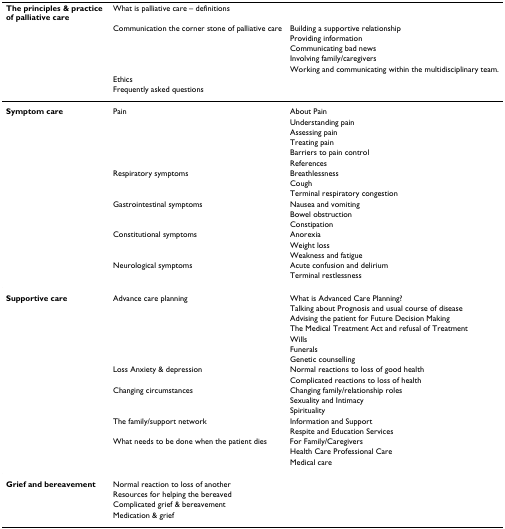
<table><thead><tr><td><b>The principles &amp; practice of palliative care</b></td><td><b>What is palliative care – definitions</b></td><td></td></tr><tr><td></td><td><b>Communication the corner stone of palliative care</b></td><td><b>Building a supportive relationship</b></td></tr><tr><td></td><td></td><td><b>Providing information</b></td></tr><tr><td></td><td></td><td><b>Communicating bad news</b></td></tr><tr><td></td><td></td><td><b>Involving family/caregivers</b></td></tr><tr><td></td><td></td><td><b>Working and communicating within the multidisciplinary team.</b></td></tr><tr><td></td><td><b>Ethics</b></td><td></td></tr><tr><td></td><td><b>Frequently asked questions</b></td><td></td></tr></thead><tbody><tr><td><b>Symptom care</b></td><td>Pain</td><td>About Pain</td></tr><tr><td></td><td></td><td>Understanding pain</td></tr><tr><td></td><td></td><td>Assessing pain</td></tr><tr><td></td><td></td><td>Treating pain</td></tr><tr><td></td><td></td><td>Barriers to pain control</td></tr><tr><td></td><td></td><td>References</td></tr><tr><td></td><td>Respiratory symptoms</td><td>Breathlessness</td></tr><tr><td></td><td></td><td>Cough</td></tr><tr><td></td><td></td><td>Terminal respiratory congestion</td></tr><tr><td></td><td>Gastrointestinal symptoms</td><td>Nausea and vomiting</td></tr><tr><td></td><td></td><td>Bowel obstruction</td></tr><tr><td></td><td></td><td>Constipation</td></tr><tr><td></td><td>Constitutional symptoms</td><td>Anorexia</td></tr><tr><td></td><td></td><td>Weight loss</td></tr><tr><td></td><td></td><td>Weakness and fatigue</td></tr><tr><td></td><td>Neurological symptoms</td><td>Acute confusion and delirium</td></tr><tr><td></td><td></td><td>Terminal restlessness</td></tr><tr><td><b>Supportive care</b></td><td>Advance care planning</td><td>What is Advanced Care Planning?</td></tr><tr><td></td><td></td><td>Talking about Prognosis and usual course of disease</td></tr><tr><td></td><td></td><td>Advising the patient for Future Decision Making</td></tr><tr><td></td><td></td><td>The Medical Treatment Act and refusal of Treatment</td></tr><tr><td></td><td></td><td>Wills</td></tr><tr><td></td><td></td><td>Funerals</td></tr><tr><td></td><td></td><td>Genetic counselling</td></tr><tr><td></td><td>Loss Anxiety &amp; depression</td><td>Normal reactions to loss of good health</td></tr><tr><td></td><td></td><td>Complicated reactions to loss of health</td></tr><tr><td></td><td>Changing circumstances</td><td>Changing family/relationship roles</td></tr><tr><td></td><td></td><td>Sexuality and Intimacy</td></tr><tr><td></td><td></td><td>Spirituality</td></tr><tr><td></td><td>The family/support network</td><td>Information and Support</td></tr><tr><td></td><td></td><td>Respite and Education Services</td></tr><tr><td></td><td>What needs to be done when the patient dies</td><td>For Family/Caregivers</td></tr><tr><td></td><td></td><td>Health Care Professional Care</td></tr><tr><td></td><td></td><td>Medical care</td></tr><tr><td><b>Grief and bereavement</b></td><td>Normal reaction to loss of another</td><td></td></tr><tr><td></td><td>Resources for helping the bereaved</td><td></td></tr><tr><td></td><td>Complicated grief &amp; bereavement</td><td></td></tr><tr><td></td><td>Medication &amp; grief</td><td></td></tr></tbody></table>